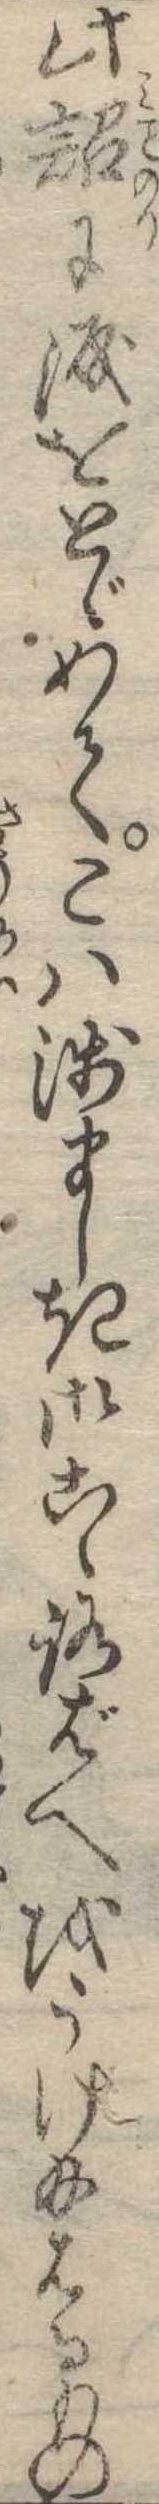
此詔に涙をとゞめてこは浅ましき御こゝろばへをうけ給はるもの